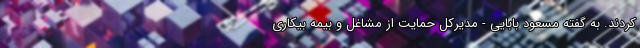
کردند. به گفته مسعود بابایی - مدیرکل حمایت از مشاغل و بیمه بیکاری